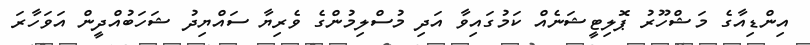
އިންޑިއާގެ މަޝްހޫރު ޕޮލިޓީޝަނެއް ކަމުގައިވާ އަދި މުސްލިމުންގެ ވެރިޔާ ސައްޔިދު ޝަހަބުއްދީން އަވަހާރަ